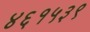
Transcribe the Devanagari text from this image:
४६१५३९